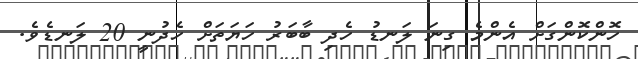
ހޮންކޮންގަށް އެންމެ ގިނަ ލަނޑު ހެދި ބާބަރު ހަޔަތަށް ހެދުނީ 20 ލަނޑެވެ.